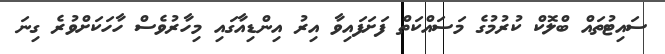
ސައިޓުތައް ބްލޮކް ކުރުމުގެ މަސައްކަތް ފަށަފައިވާ އިރު އިންޑިއާގައި މިހާރުވެސް ހާހަކަށްވުރެ ގިނަ